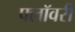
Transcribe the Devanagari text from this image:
फ्लॉवरी